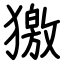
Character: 獥